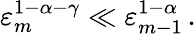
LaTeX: \varepsilon_{m}^{1-\alpha-\gamma}\ll\varepsilon_{m-1}^{1-\alpha}\, .